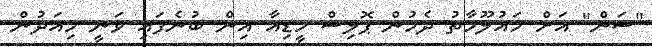
"ސަން" އަށް މައުލޫމާތު ދެމުން ޕޮލިސް މީޑިއާ އިން ބުނެފައި ވަނީ މިއަދުން